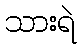
သားရဲ